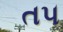
ત૫